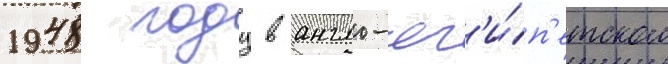
1948 году в англо-ег'и́п'етском